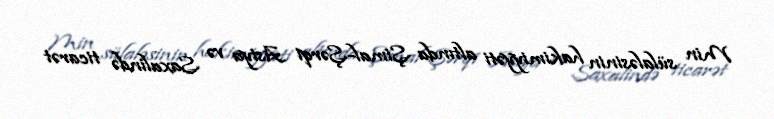
Min sülaləsinin hakimiyyəti altında Şimal-Şərqi Asiya və Saxalində ticarət